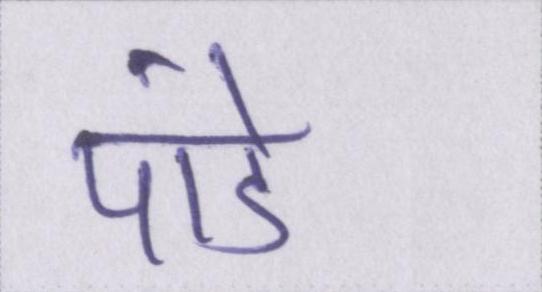
पांडे